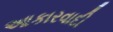
આકારવાદી